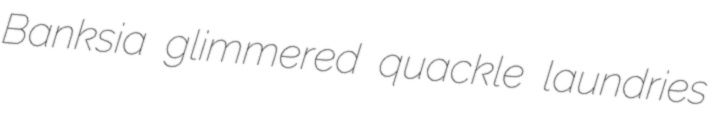
Banksia glimmered quackle laundries